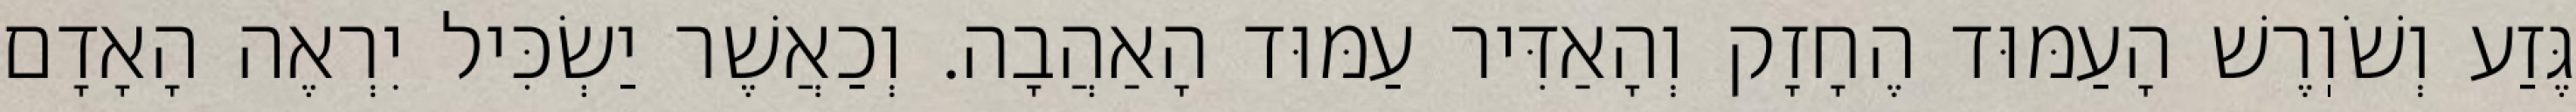
גֶּזַע וְשֹׁוֽרֶשׁ הָעַמּוּד הֶחָזָק וְהָאַדִּיר עַמּוּד הָאַהֲבָה. וְכַאֲשֶׁר יַשְׂכִּיל יִרְאֶה הָאָדָם